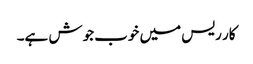
کار ریس میں خوب جوش ہے۔